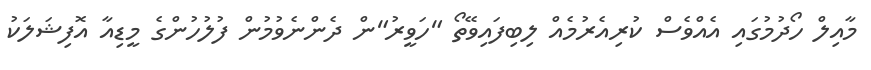
މާއިލް ހޯދުމުގައި އެއްވެސް ކުރިއެރުމެއް ލިބިފައިވޭތޯ "ހަވީރު"ން ދެންނެވުމުން ފުލުހުންގެ މީޑިއާ އޮފިޝަލަކު